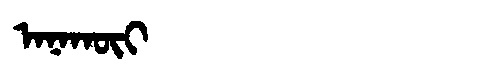
Manchu: ᠠᠨᠠᡴᡡᡳ
Romanization: ANAKŪI